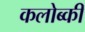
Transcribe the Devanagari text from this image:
कलोब्की